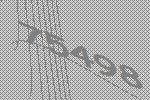
75498